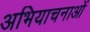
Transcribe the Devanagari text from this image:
अभियाचनाओं